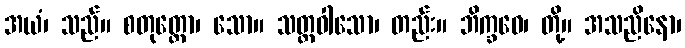
အယံ၊ သည်။ စတုတ္ထော၊ သော။ သတ္တဝါသော၊ တည်း။ ဘိက္ခဝေ၊ တို့။ အသညိနော၊